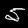
Label: 5